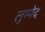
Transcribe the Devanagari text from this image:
लुम्पेद